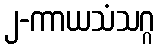
၂-ကာယသံသဂ္ဂ